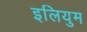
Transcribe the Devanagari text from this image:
इलियुम